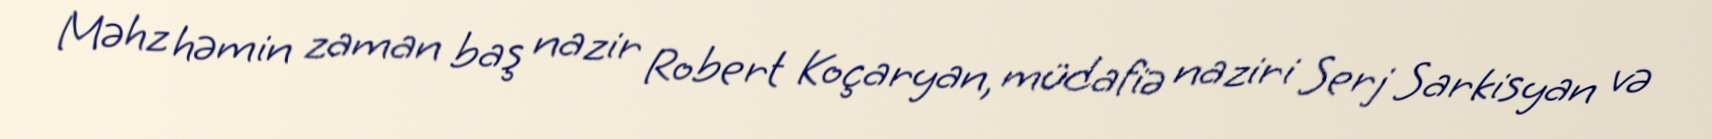
Məhz həmin zaman baş nazir Robert Koçaryan, müdafiə naziri Serj Sarkisyan və